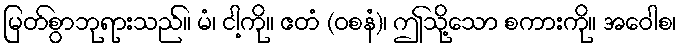
မြတ်စွာဘုရားသည်။ မံ၊ ငါ့ကို။ ဧတံ (ဝစနံ)၊ ဤသို့သော စကားကို။ အဝေါစ၊